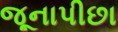
જૂનાપીછા